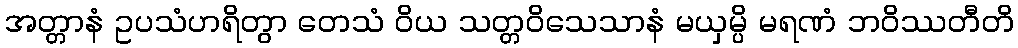
အတ္တာနံ ဥပသံဟရိတွာ တေသံ ဝိယ သတ္တဝိသေသာနံ မယှမ္ပိ မရဏံ ဘဝိဿတီတိ